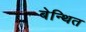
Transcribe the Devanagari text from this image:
बेन्थित